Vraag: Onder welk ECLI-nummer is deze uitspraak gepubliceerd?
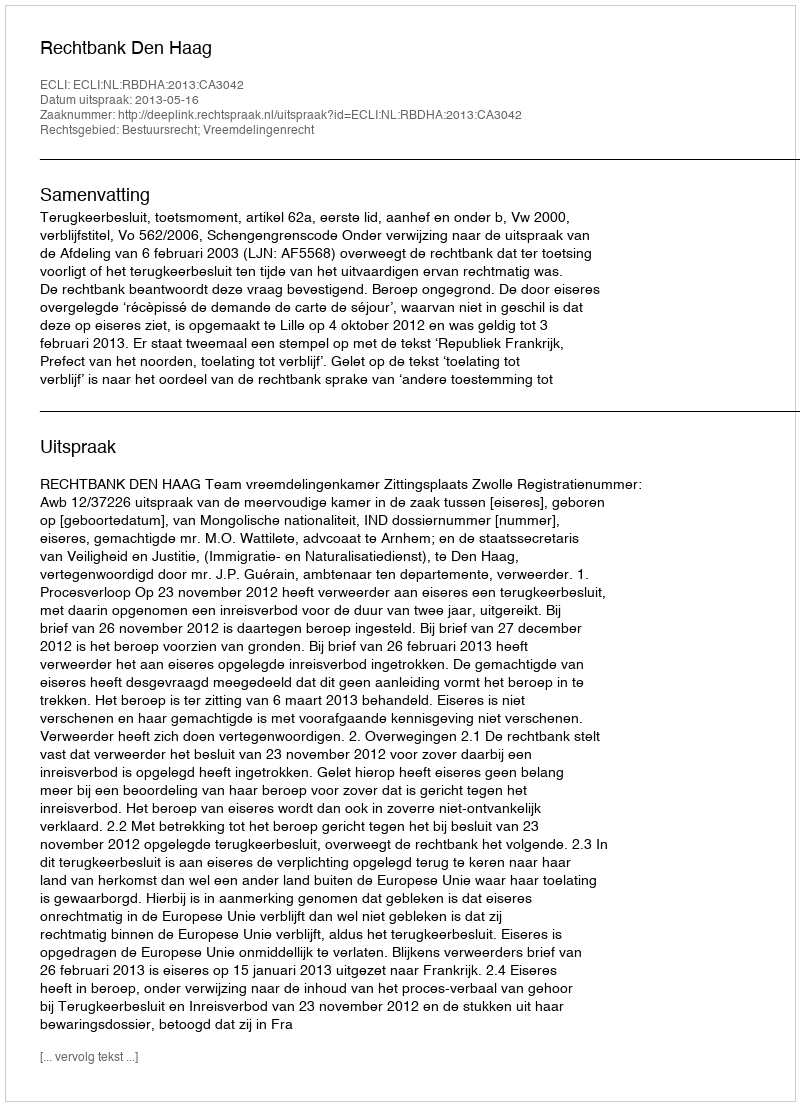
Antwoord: ECLI:NL:RBDHA:2013:CA3042